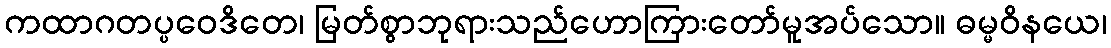
ကထာဂတပ္ပဝေဒိတေ၊ မြတ်စွာဘုရားသည်ဟောကြားတော်မူအပ်သော။ ဓမ္မဝိနယေ၊